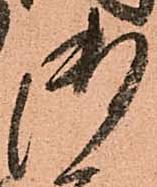
御